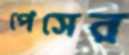
পেসের